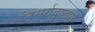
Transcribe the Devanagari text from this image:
निसर्गदृष्ट्या